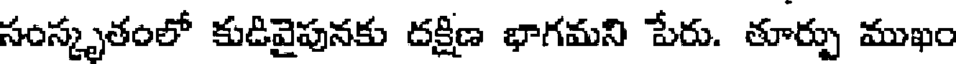
సంస్కృతంలో కుడివైపునకు దక్షిణ భాగమని పేరు. తూర్పు ముఖం